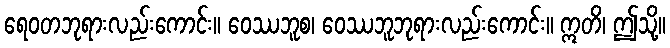
ရေဝတဘုရားလည်းကောင်း။ ဝေဿဘူစ၊ ဝေဿဘူဘုရားလည်းကောင်း။ ဣတိ၊ ဤသို့။